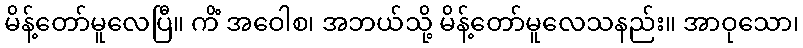
မိန့်တော်မူလေပြီ။ ကိံ အဝေါစ၊ အဘယ်သို့ မိန့်တော်မူလေသနည်း။ အာဝုသော၊